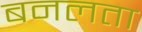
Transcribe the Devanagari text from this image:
बनलता